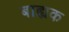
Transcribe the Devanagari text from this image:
बाह्यक